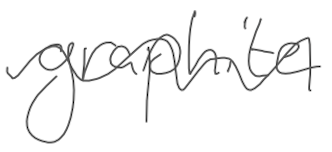
Text: graphite
Cross-out: wave
Writing tool: digital_gray